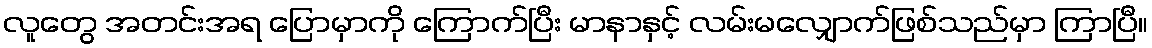
လူတွေ အတင်းအရ ပြောမှာကို ကြောက်ပြီး မာနာနှင့် လမ်းမလျှောက်ဖြစ်သည်မှာ ကြာပြီ။